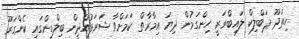
ހިތަދޫ ޕަބްލިކް ލައިބްރަރީ ހިންގަމުން ދިޔަ އިމާރާތް ކަމަށްވާ ޝަރަފުއްދީން ބިލްޑިންގައި ކެންގަރޫ